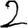
Digit: 2